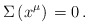
\begin{align*}\Sigma \, (x^{\mu}) \, = 0 \, . \end{align*}